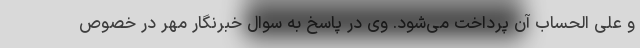
و علی الحساب آن پرداخت می‌شود. وی در پاسخ به سوال خبرنگار مهر در خصوص